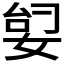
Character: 𫰶